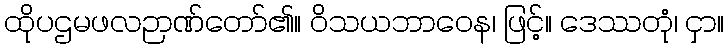
ထိုပဌမဖလဉာဏ်တော်၏။ ဝိသယဘာဝေန၊ ဖြင့်။ ဒေဿတုံ၊ ငှာ။